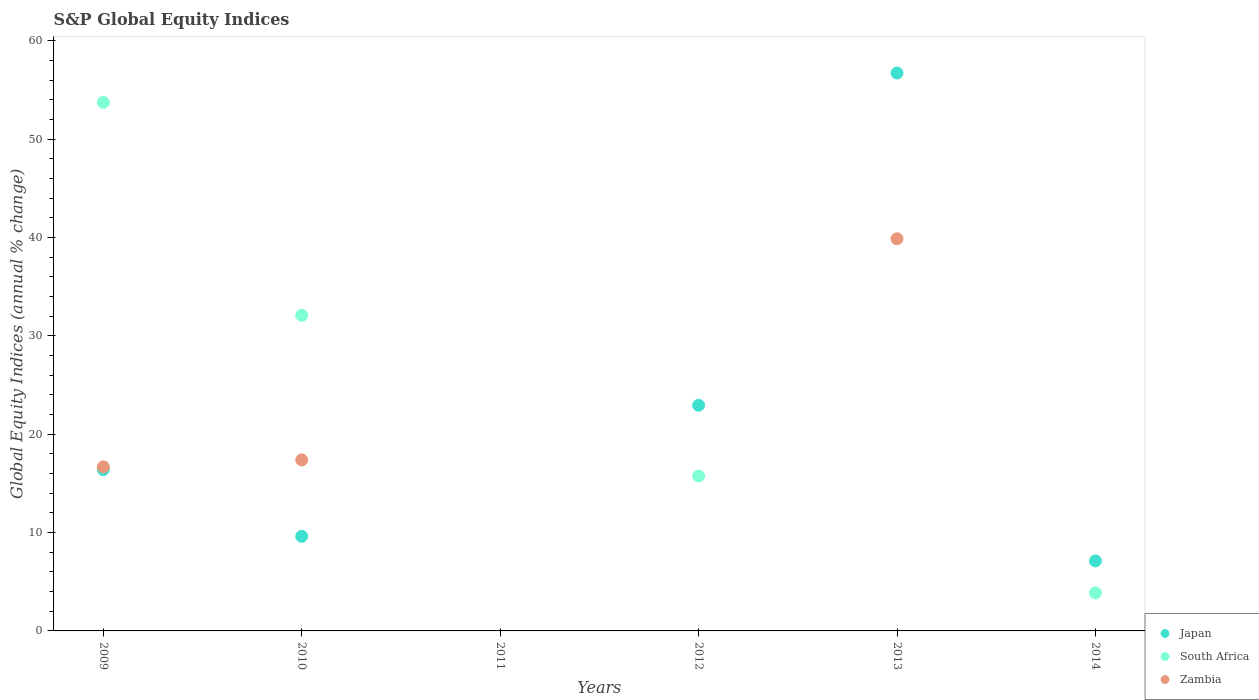
| Years | Japan | South Africa | Zambia |
 | --- | --- | --- | --- |
 | 2009 | 16.4 | 53.7 | 16.7 |
 | 2010 | 9.61 | 32.1 | 17.4 |
 | 2011 | -12.2 | -17.4 | -1.29 |
 | 2012 | 22.9 | 15.7 | -3.47 |
 | 2013 | 56.7 | -7.45 | 39.9 |
 | 2014 | 7.12 | 3.86 | -3.96 |